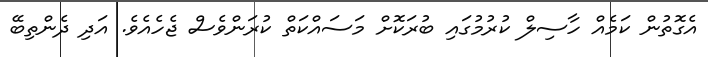
އެގޮތުން ކަމެއް ހާސިލް ކުރުމުގައި ބުރަކޮށް މަސައްކަތް ކުރަންވެސް ޖެހެއެވެ. އަދި ދެންތިބޭ